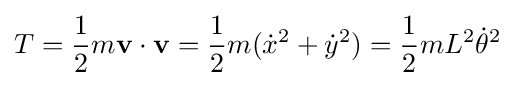
T={\frac {1}{2}}m\mathbf {v} \cdot \mathbf {v} ={\frac {1}{2}}m({\dot {x}}^{2}+{\dot {y}}^{2})={\frac {1}{2}}mL^{2}{\dot {\theta }}^{2}